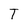
Character: T